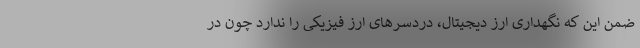
ضمن این که نگهداری ارز دیجیتال، دردسرهای ارز فیزیکی را ندارد چون در